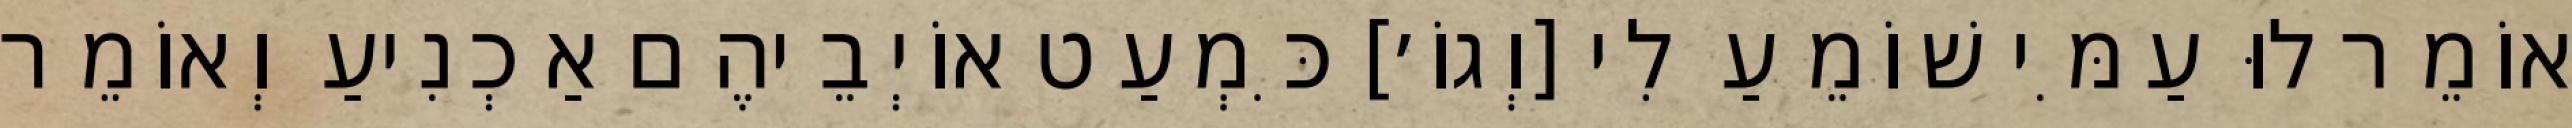
אוֹמֵר לוּ עַמִּי שׁוֹמֵעַ לִי [וְגוֹ׳] כִּמְעַט אוֹיְבֵיהֶם אַכְנִיעַ וְאוֹמֵר